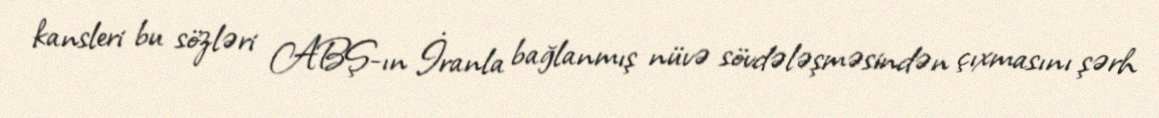
kansleri bu sözləri ABŞ-ın İranla bağlanmış nüvə sövdələşməsindən çıxmasını şərh